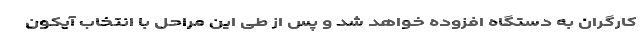
کارگران به دستگاه افزوده خواهد شد و پس از طی این مراحل با انتخاب آیکون